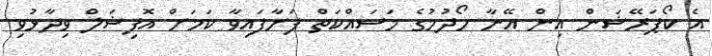
އެ ކޯޕަރޭޝަން އިން އޭނާ ހޯދުމުގެ މަސައްކަތް ފަށާފައިވާ ކަމަށް އޮފިޝަލް ވިދާޅުވި